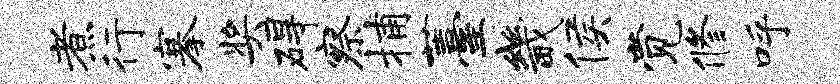
煮行搴奖碍察捕薹畿侯觉修呼